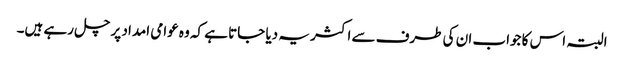
البتہ اس کا جواب ان کی طرف سے اکثر یہ دیا جاتا ہے کہ وہ عوامی امداد پر چل رہے ہیں۔